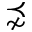
\precnsim